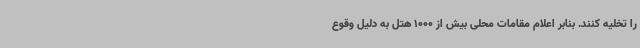
را تخلیه کنند. بنابر اعلام مقامات محلی بیش از 1000 هتل به دلیل وقوع